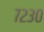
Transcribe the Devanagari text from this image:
७२३०